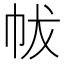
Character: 帗